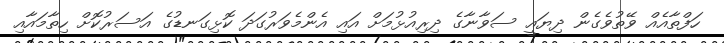
ހަފްތާއެއް ވޭތުވެގެން ދިޔައީ ސަވާނާގެ ދިރިއުޅުމަށް އައި އެންމެވަރުގަދަ ކޮޅިގަނޑުގެ އަސަރުކޮށް ހިތާމައާއި